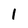
Character: 1